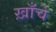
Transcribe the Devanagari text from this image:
ख़ाँचे